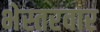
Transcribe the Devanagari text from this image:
भेस्तरवार